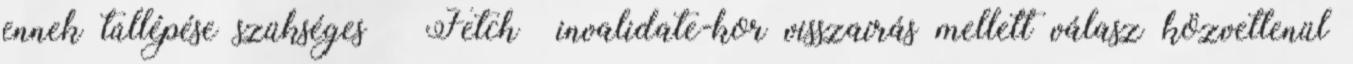
ennek túllépése szükséges ● Fetch invalidate-kor visszaírás mellett válasz közvetlenül